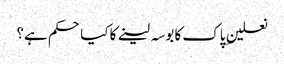
نعلینِ پاک کا بوسہ لینے کا کیا حکم ہے؟